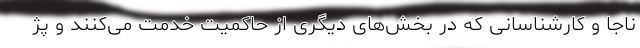
ناجا و کارشناسانی که در بخش‌های دیگری از حاکمیت خدمت می‌کنند و پژ